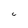
Character: C